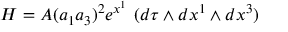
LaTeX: H = A ( a _ { 1 } a _ { 3 } ) ^ { 2 } e ^ { x ^ { 1 } } \, \, ( d \tau \wedge d x ^ { 1 } \wedge d x ^ { 3 } )